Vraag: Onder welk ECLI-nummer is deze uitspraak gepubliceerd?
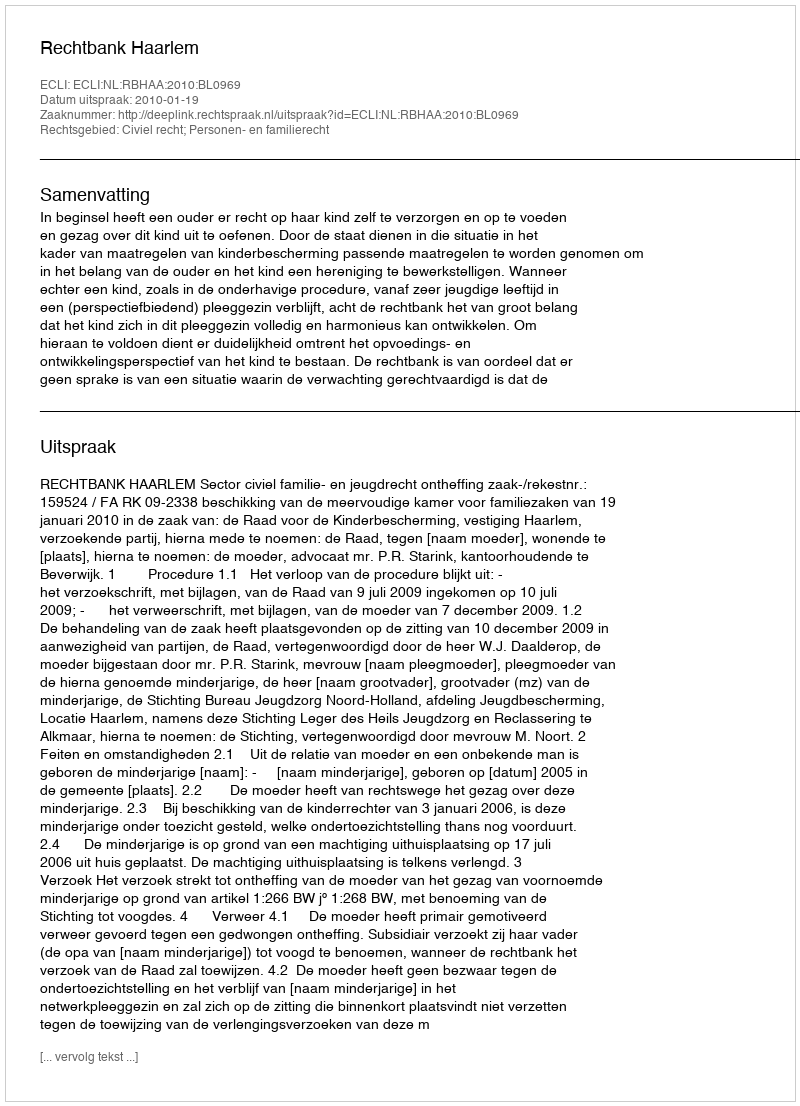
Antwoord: ECLI:NL:RBHAA:2010:BL0969